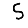
Digit: 5